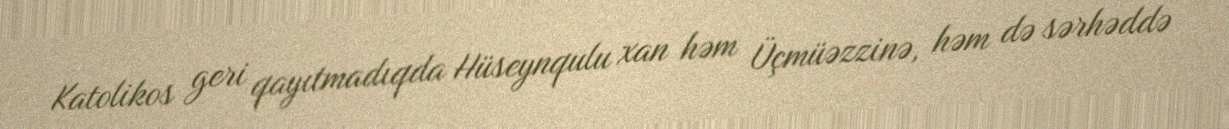
Katolikos geri qayıtmadıqda Hüseynqulu xan həm Üçmüəzzinə, həm də sərhəddə